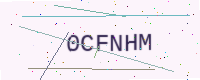
Text: 0CFNHM